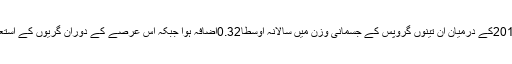
نتائج سے معلوم ہوا کہ 1986سے2010کے درمیان ان تینوں گروپس کے جسمانی وزن میں سالانہ اوسطاً0.32اضافہ ہوا جبکہ اس عرصے کے دوران گریوں کے استعمال کی مجموعی مقدار میں بڑھ گئی۔